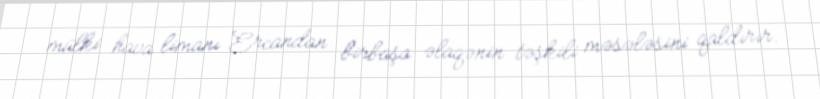
mülki hava limanı Ercandan birbaşa əlaqənin təşkili məsələsini qaldırır.